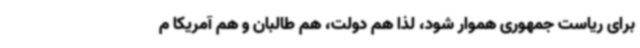
برای ریاست جمهوری هموار شود، لذا هم دولت، هم طالبان و هم آمریکا م